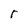
Character: r